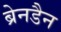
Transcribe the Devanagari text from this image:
ब्रेनडैन